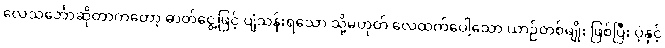
လေသင်္ဘောဆိုတာကတော့ ဓာတ်ငွေ့ဖြင့် ပျံသန်းရသော သို့မဟုတ် လေထက်ပေါ့သော ယာဉ်တစ်မျိုး ဖြစ်ပြီး ပဲ့နှင့်